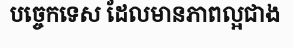
បច្ចេកទេស ដែលមានភាពល្អជាង